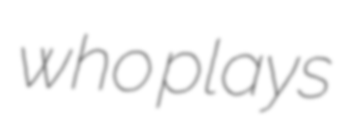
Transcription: who plays